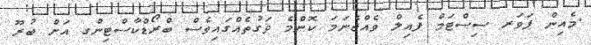
.މެއިން ޕަވަރ ސިސްޓަމް ފެއިލް ވެއްޖެނަމަ ކޮންމެ ވަގުތެއްގައިވެސް ބްރޯޑްކާސްޓިންގ އަށް ބުރޫ